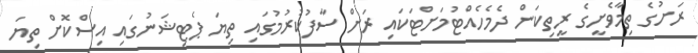
ރަށުގެ ތިމާވެށީގެ ރީތިކަން ދެމެހެއްޓުމަށްޓަކައި ރަށް ސާފުކުރުމުގައި ތިޔަ ޕެޓިޝަނުގައި އިސްކޮށް ތިޔަ